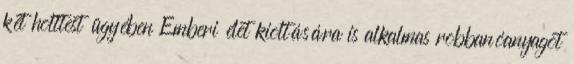
két holttest ügyében Emberi élet kioltására is alkalmas robbanóanyagot